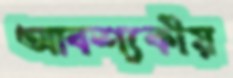
আবশ্যকীয়